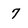
Character: 7